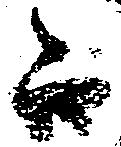
而